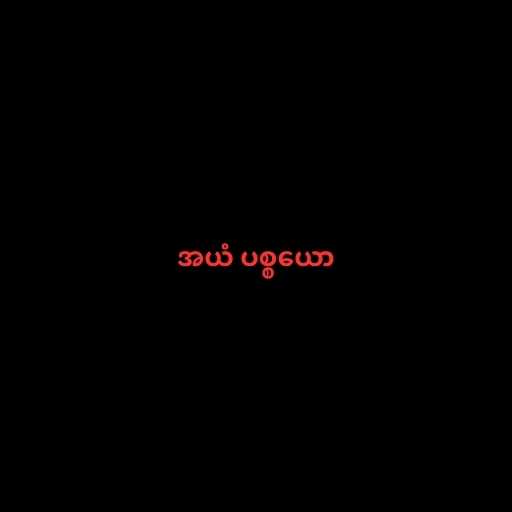
အယံ ပစ္စယော